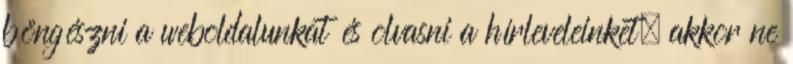
böngészni a weboldalunkat és olvasni a hírleveleinket, akkor ne